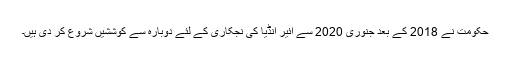
حکومت نے 2018 کے بعد جنوری 2020 سے ائیر انڈیا کی نجکاری کے لئے دوبارہ سے کوششیں شروع کر دی ہیں۔